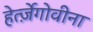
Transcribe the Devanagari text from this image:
हेर्त्ज़ेगोवीना